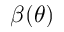
\beta ( \theta )